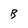
Character: B